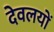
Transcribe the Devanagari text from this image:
देवलयों